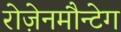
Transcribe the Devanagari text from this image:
रोज़ेनमौन्टेग